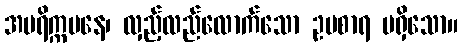
အပရိက္ကမနေ၊ လှည့်လည်လောက်သော ဥပစာရ မရှိသော။